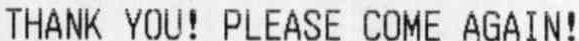
THANK YOU! PLEASE COME AGAIN!